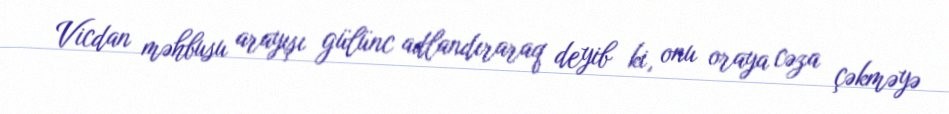
Vicdan məhbusu arayışı gülünc adlandıraraq deyib ki, onu oraya cəza çəkməyə